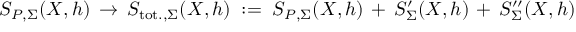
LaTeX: S _ { P , \Sigma } ( X , h ) \, \to \, S _ { \mathrm { t o t . , } \Sigma } ( X , h ) \; : = \; S _ { P , \Sigma } ( X , h ) \, + \, S _ { \Sigma } ^ { \prime } ( X , h ) \, + \, S _ { \Sigma } ^ { \prime \prime } ( X , h ) \,